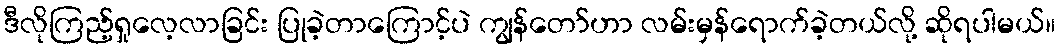
ဒီလိုကြည့်ရှုလေ့လာခြင်း ပြုခဲ့တာကြောင့်ပဲ ကျွန်တော်ဟာ လမ်းမှန်ရောက်ခဲ့တယ်လို့ ဆိုရပါမယ်။